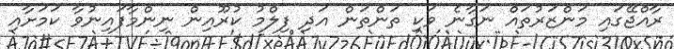
ރާއްޖޭގައި މަންޒަރުތައް ނަގާނެ ވަކި ތަންތަން އަދި ފިލްމު ކުރޫއިން ނިންމާފައިނުވާ ކަމަށާއި